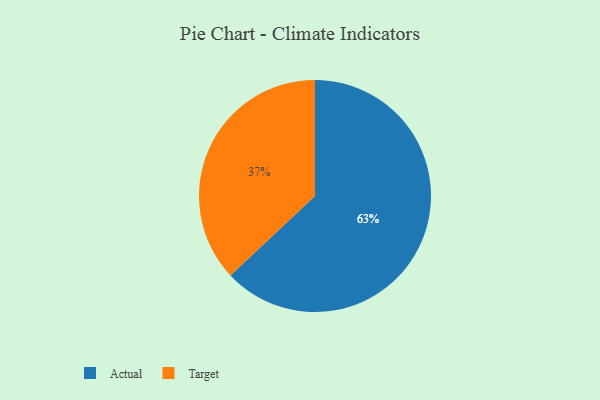
{"axis": {"x": "Category", "y": "Percentage"}, "legend": ["Actual", "Target"], "data": [{"x": "Target", "y": 37, "type": "Target"}, {"x": "Actual", "y": 63, "type": "Actual"}]}